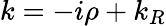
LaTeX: k=-i\rho+k_{R}